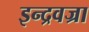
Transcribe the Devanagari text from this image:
इन्द्रवज्रा